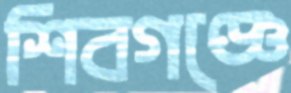
শিবগঞ্জে